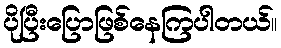
ပိုပြီးပြောဖြစ်နေကြပါတယ်။